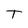
Character: T